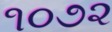
૧૦૭૨